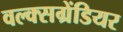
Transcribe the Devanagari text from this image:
वल्क्सग्रेंडियर